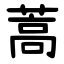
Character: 蒿